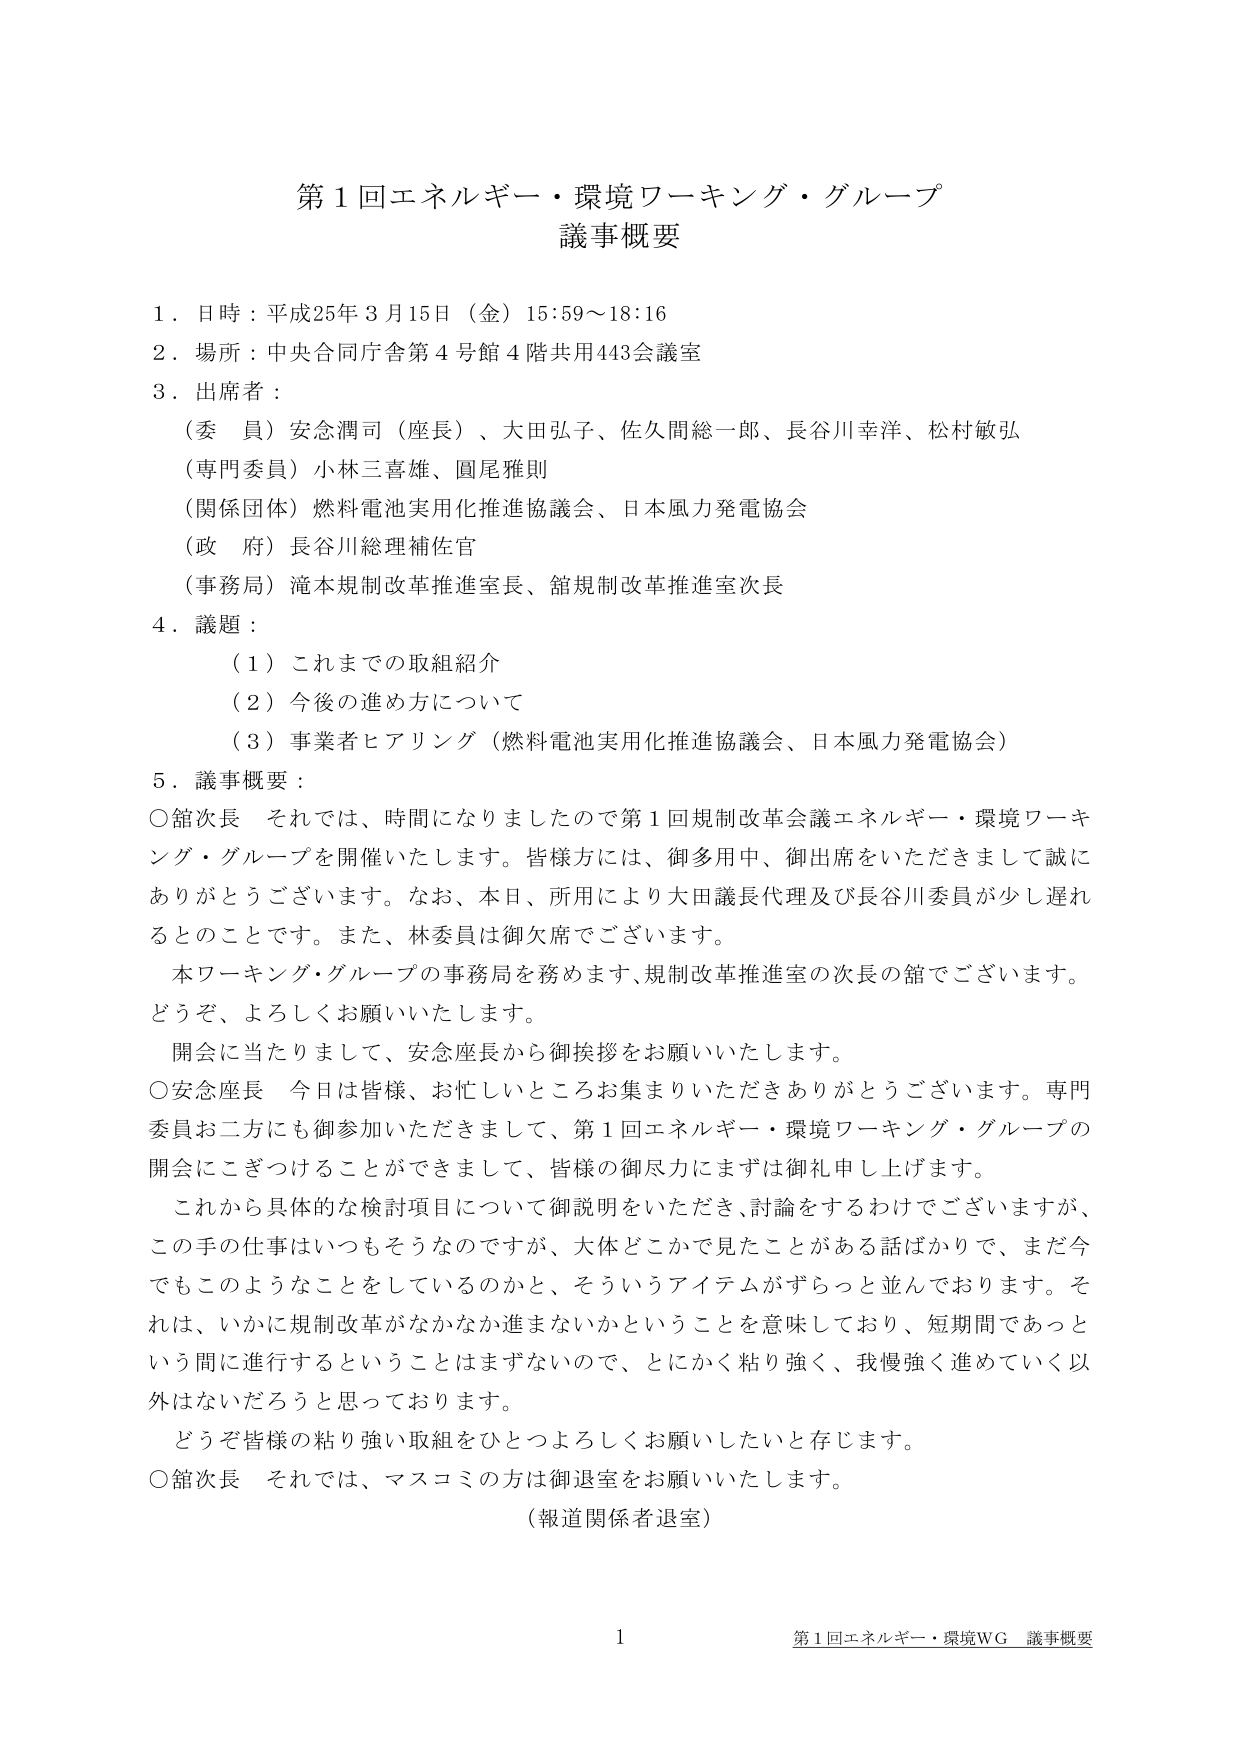
第１回エネルギー・環境ワーキング・グループ
議事概要

１．日時：平成25年３月15日（金）15:59～18:16
２．場所：中央合同庁舎第４号館４階共用443会議室
３．出席者：
　（委員）安念潤司（座長）、大田弘子、佐久間総一郎、長谷川幸洋、松村敏弘
　（専門委員）小林三喜雄、圓尾雅則
　（関係団体）燃料電池実用化推進協議会、日本風力発電協会
　（政府）長谷川総理補佐官
　（事務局）滝本規制改革推進室長、舘規制改革推進室次長
４．議題：
　（１）これまでの取組紹介
　（２）今後の進め方について
　（３）事業者ヒアリング（燃料電池実用化推進協議会、日本風力発電協会）
５．議事概要：
　○舘次長　それでは、時間になりましたので第１回規制改革会議エネルギー・環境ワーキング・グループを開催いたします。皆様方には、御多用中、御出席をいただきまして誠にありがとうございます。なお、本日、所用により大田議長代理及び長谷川委員が少し遅れるとのことです。また、林委員は御欠席でございます。
　　本ワーキング・グループの事務局を務めます、規制改革推進室の次長の舘でございます。どうぞ、よろしくお願いいたします。
　　開会に当たりまして、安念座長から御挨拶をお願いいたします。
　○安念座長　今日は皆様、お忙しいところお集まりいただきありがとうございます。専門委員お二方にも御参加いただきまして、第１回エネルギー・環境ワーキング・グループの開会にこぎつけることができまして、皆様の御尽力にまずは御礼申し上げます。
　　これから具体的な検討項目について御説明をいただき、討論をするわけでございますが、この手の仕事はいつもそうなのですが、大体どこかで見たことがある話ばかりで、まだ今でもこのようなことをしているのかと、そういうアイテムがずらっと並んでおります。それは、いかに規制改革がなかなか進まないかということを意味しており、短期間であっという間に進行するということはまずないので、とにかく粘り強く、我慢強く進めていく以外はないだろうと思っております。
　　どうぞ皆様の粘り強い取組をひとつよろしくお願いしたいと存じます。
　○舘次長　それでは、マスコミの方は御退室をお願いいたします。
　　（報道関係者退室）

１
第１回エネルギー・環境WG 議事概要